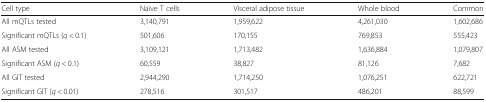
| Cell type | Naïve T cells | Visceral adipose tissue | Whole blood | Common |
 | --- | --- | --- | --- | --- |
 | All mQTLs tested | 3,140,791 | 1,959,622 | 4,261,030 | 1,602,686 |
 | Significant mQTLs (q < 0.1) | 501,606 | 170,155 | 769,853 | 555,423 |
 | All ASM tested | 3,109,121 | 1,713,482 | 1,636,884 | 1,079,807 |
 | Significant ASM (q < 0.1) | 60,559 | 38,827 | 81,126 | 7,682 |
 | All GIT tested | 2,944,290 | 1,714,250 | 1,076,251 | 622,721 |
 | Significant GIT (q < 0.01) | 278,516 | 301,517 | 486,201 | 88,599 |